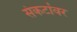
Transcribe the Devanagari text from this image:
संकटांवर